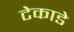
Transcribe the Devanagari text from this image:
टेकाडे